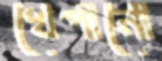
খেপানো